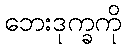
ဘေးဒုက္ခကို